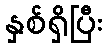
နှစ်ရှိပြီး